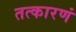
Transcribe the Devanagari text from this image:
तत्कारणं